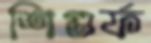
শিগুর্ফ